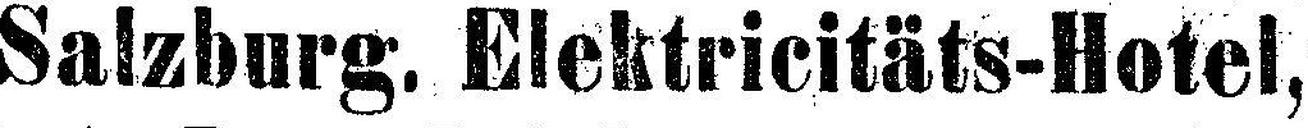
Salzburg. Elektricitäts-Hotel,